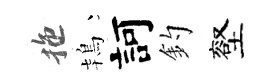
拖鴇訶釣壑